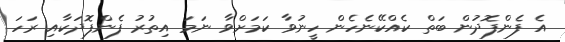
އެ ފެންފޮދުން ބަތް ކެއްކޭނެހެން ހީނުވާ ކަމަށްވާ ނަމަ އިތުރު ފެންފޮދަކާއި ރަހަ